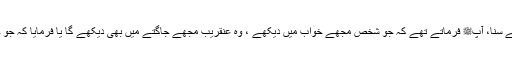
1515: سیدنا ابو ہریرہؓ کہتے ہیں کہ میں نے رسول اللہﷺ سے سنا، آپﷺ فرماتے تھے کہ جو شخص مجھے خواب میں دیکھے ، وہ عنقریب مجھے جاگتے میں بھی دیکھے گا یا فرمایا کہ جو خواب میں مجھے دیکھے ، اس نے مجھے بیداری میں دیکھا۔